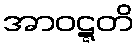
အာဝဋ္ဋတိ